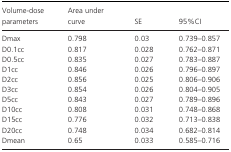
| Volume‐dose parameters | Area under curve | SE | 95%CI |
 | --- | --- | --- | --- |
 | Dmax | 0.798 | 0.03 | 0.739–0.857 |
 | D0.1cc | 0.817 | 0.028 | 0.762–0.871 |
 | D0.5cc | 0.835 | 0.027 | 0.783–0.887 |
 | D1cc | 0.846 | 0.026 | 0.796–0.897 |
 | D2cc | 0.856 | 0.025 | 0.806–0.906 |
 | D3cc | 0.854 | 0.026 | 0.804–0.905 |
 | D5cc | 0.843 | 0.027 | 0.789–0.896 |
 | D10cc | 0.808 | 0.031 | 0.748–0.868 |
 | D15cc | 0.776 | 0.032 | 0.713–0.838 |
 | D20cc | 0.748 | 0.034 | 0.682–0.814 |
 | Dmean | 0.65 | 0.033 | 0.585–0.716 |